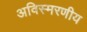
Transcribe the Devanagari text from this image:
अविस्‍मरणीय